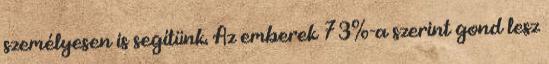
személyesen is segítünk. Az emberek 73%-a szerint gond lesz